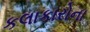
કલાકારોના